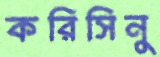
করিসিনু